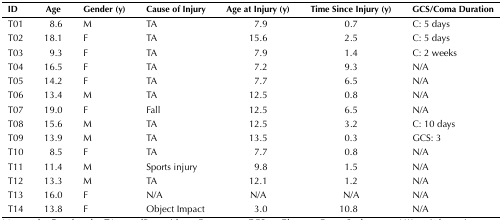
| ID | Age | Gender (y) | Cause of Injury | Age at Injury (y) | Time Since Injury (y) | GCS/Coma Duration |
 | --- | --- | --- | --- | --- | --- | --- |
 | T01 | 8.6 | M | TA | 7.9 | 0.7 | C: 5 days |
 | T02 | 18.1 | F | TA | 15.6 | 2.5 | C: 5 days |
 | T03 | 9.3 | F | TA | 7.9 | 1.4 | C: 2 weeks |
 | T04 | 16.5 | F | TA | 7.2 | 9.3 | N/A |
 | T05 | 14.2 | F | TA | 7.7 | 6.5 | N/A |
 | T06 | 13.4 | M | TA | 12.5 | 0.8 | N/A |
 | T07 | 19.0 | F | Fall | 12.5 | 6.5 | N/A |
 | T08 | 15.6 | M | TA | 12.5 | 3.2 | C: 10 days |
 | T09 | 13.9 | M | TA | 13.5 | 0.3 | GCS: 3 |
 | T10 | 8.5 | F | TA | 7.7 | 0.8 | N/A |
 | T11 | 11.4 | M | Sports injury | 9.8 | 1.5 | N/A |
 | T12 | 13.3 | M | TA | 12.1 | 1.2 | N/A |
 | T13 | 16.0 | F | N/A | N/A | N/A | N/A |
 | T14 | 13.8 | F | Object Impact | 3.0 | 10.8 | N/A |